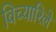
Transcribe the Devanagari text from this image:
विच्यारिले